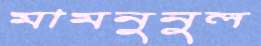
মামনুনুল